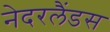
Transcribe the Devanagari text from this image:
नेदरलैंडस